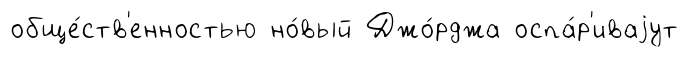
обще́ств'енностью но́вый Джо́рджа оспа́р'иваjут